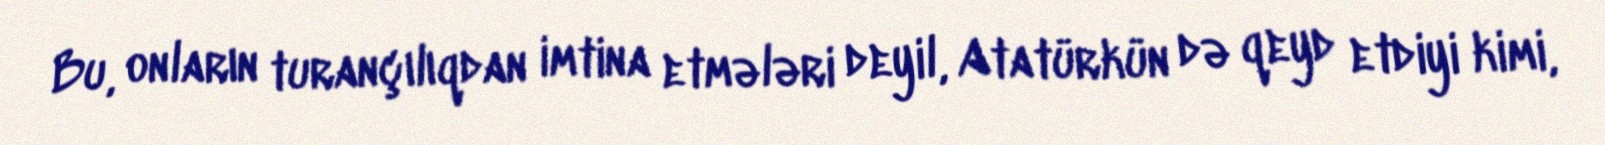
Bu, onların turançılıqdan imtina etmələri deyil, Atatürkün də qeyd etdiyi kimi,